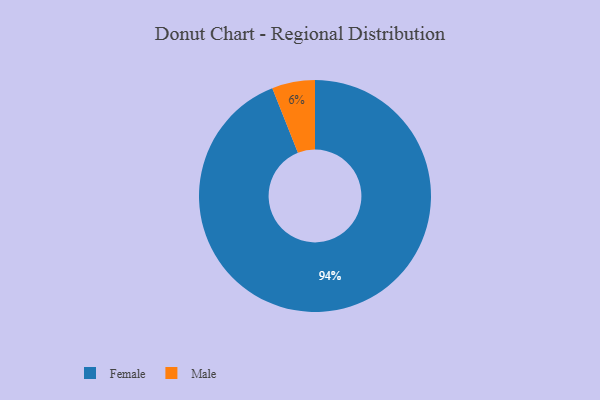
{"axis": {"x": "Category", "y": "Percentage"}, "legend": ["Female", "Male"], "data": [{"x": "Female", "y": 94, "type": "Female"}, {"x": "Male", "y": 6, "type": "Male"}]}